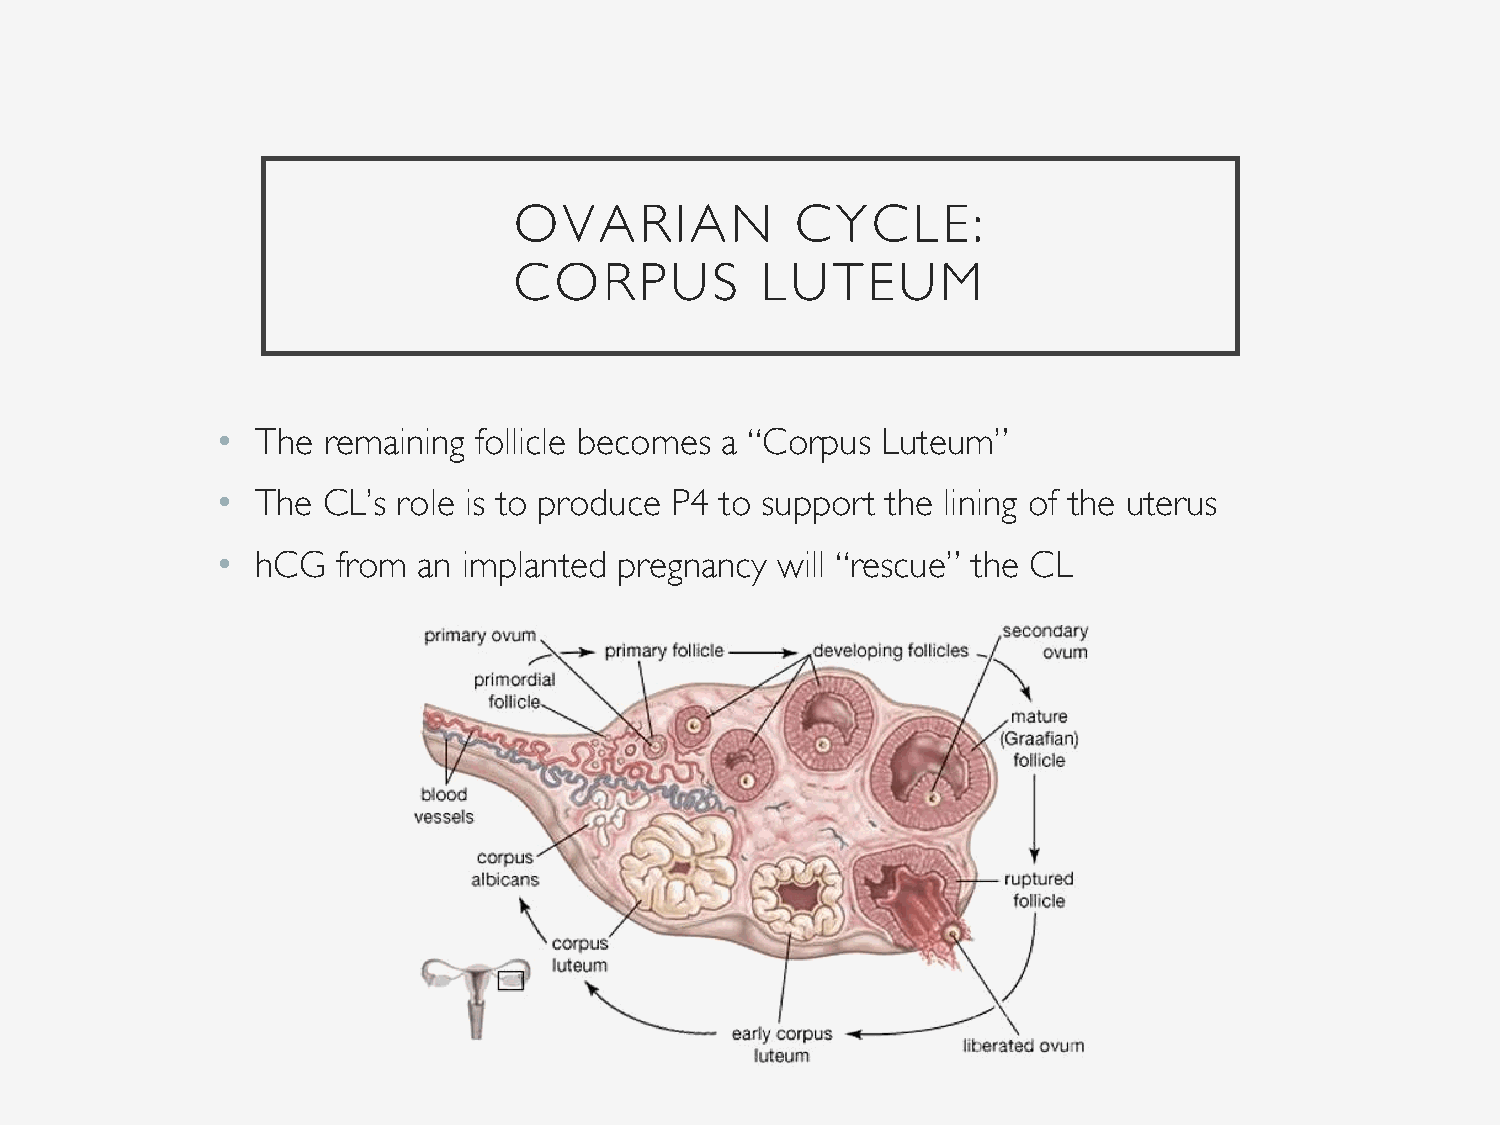
OVARIAN            CYCLE:
 CORPUS          LUTEUM
 •  The remaining  follicle becomes a “Corpus Luteum”
 •  The CL’s role is to produce P4 to support the lining of the uterus
 •  hCG  from  an implanted pregnancy will “rescue” the CL